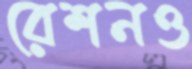
রেশনও